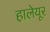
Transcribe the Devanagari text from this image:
हालेयूर